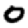
Digit: 0